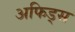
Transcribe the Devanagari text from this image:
अफिड्स